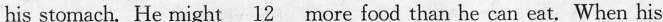
his stomach. He might \underline{12} more food than he can eat. When his